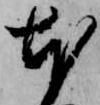
本